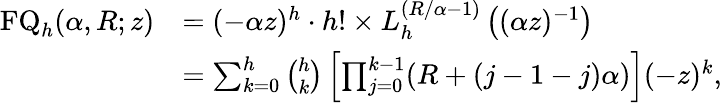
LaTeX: {\begin{array}{rl}{\operatorname{FQ}_{h}(\alpha,R;z)}&{=(-\alpha z)^{h}\cdot h!\times L_{h}^{\left(R/\alpha-1\right)}\left((\alpha z)^{-1}\right)}\\ &{=\sum_{k=0}^{h}{\binom{h}{k}}\left[\prod_{j=0}^{k-1}(R+(j-1-j)\alpha)\right](-z)^{k},}\end{array}}